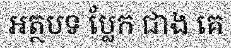
អត្ថបទ ប្លែក ជាង គេ